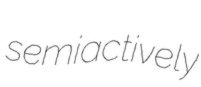
semiactively